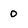
Character: 0